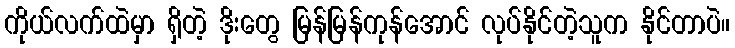
ကိုယ်လက်ထဲမှာ ရှိတဲ့ ဒိုးတွေ မြန်မြန်ကုန်အောင် လုပ်နိုင်တဲ့သူက နိုင်တာပဲ။